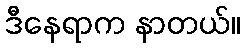
ဒီနေရာက နာတယ်။